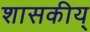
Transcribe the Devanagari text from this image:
शासकीय्